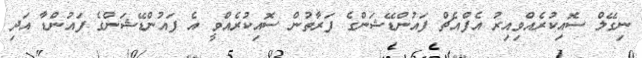
ނިގޭލް ސޮއިކުރެއްވިއިރު އެފްއެޗް ފައުންޑޭޝަންގެ ފަރާތުން ސޮއިކުރެއްވީ އެ ފައުންޑޭޝަންގެ ފައުންޑާ އަދި